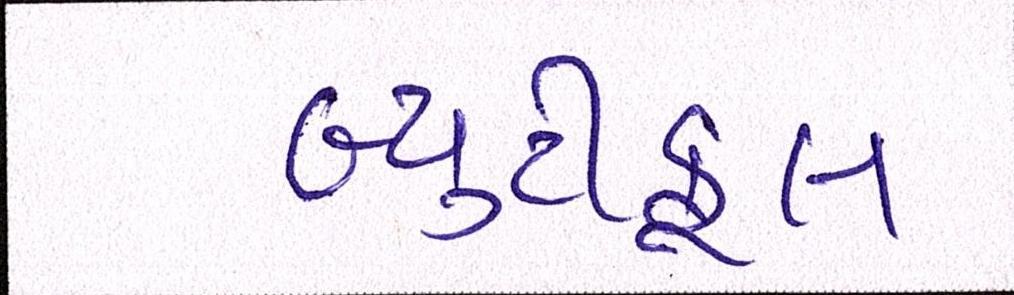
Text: બ્યુટીફૂલ